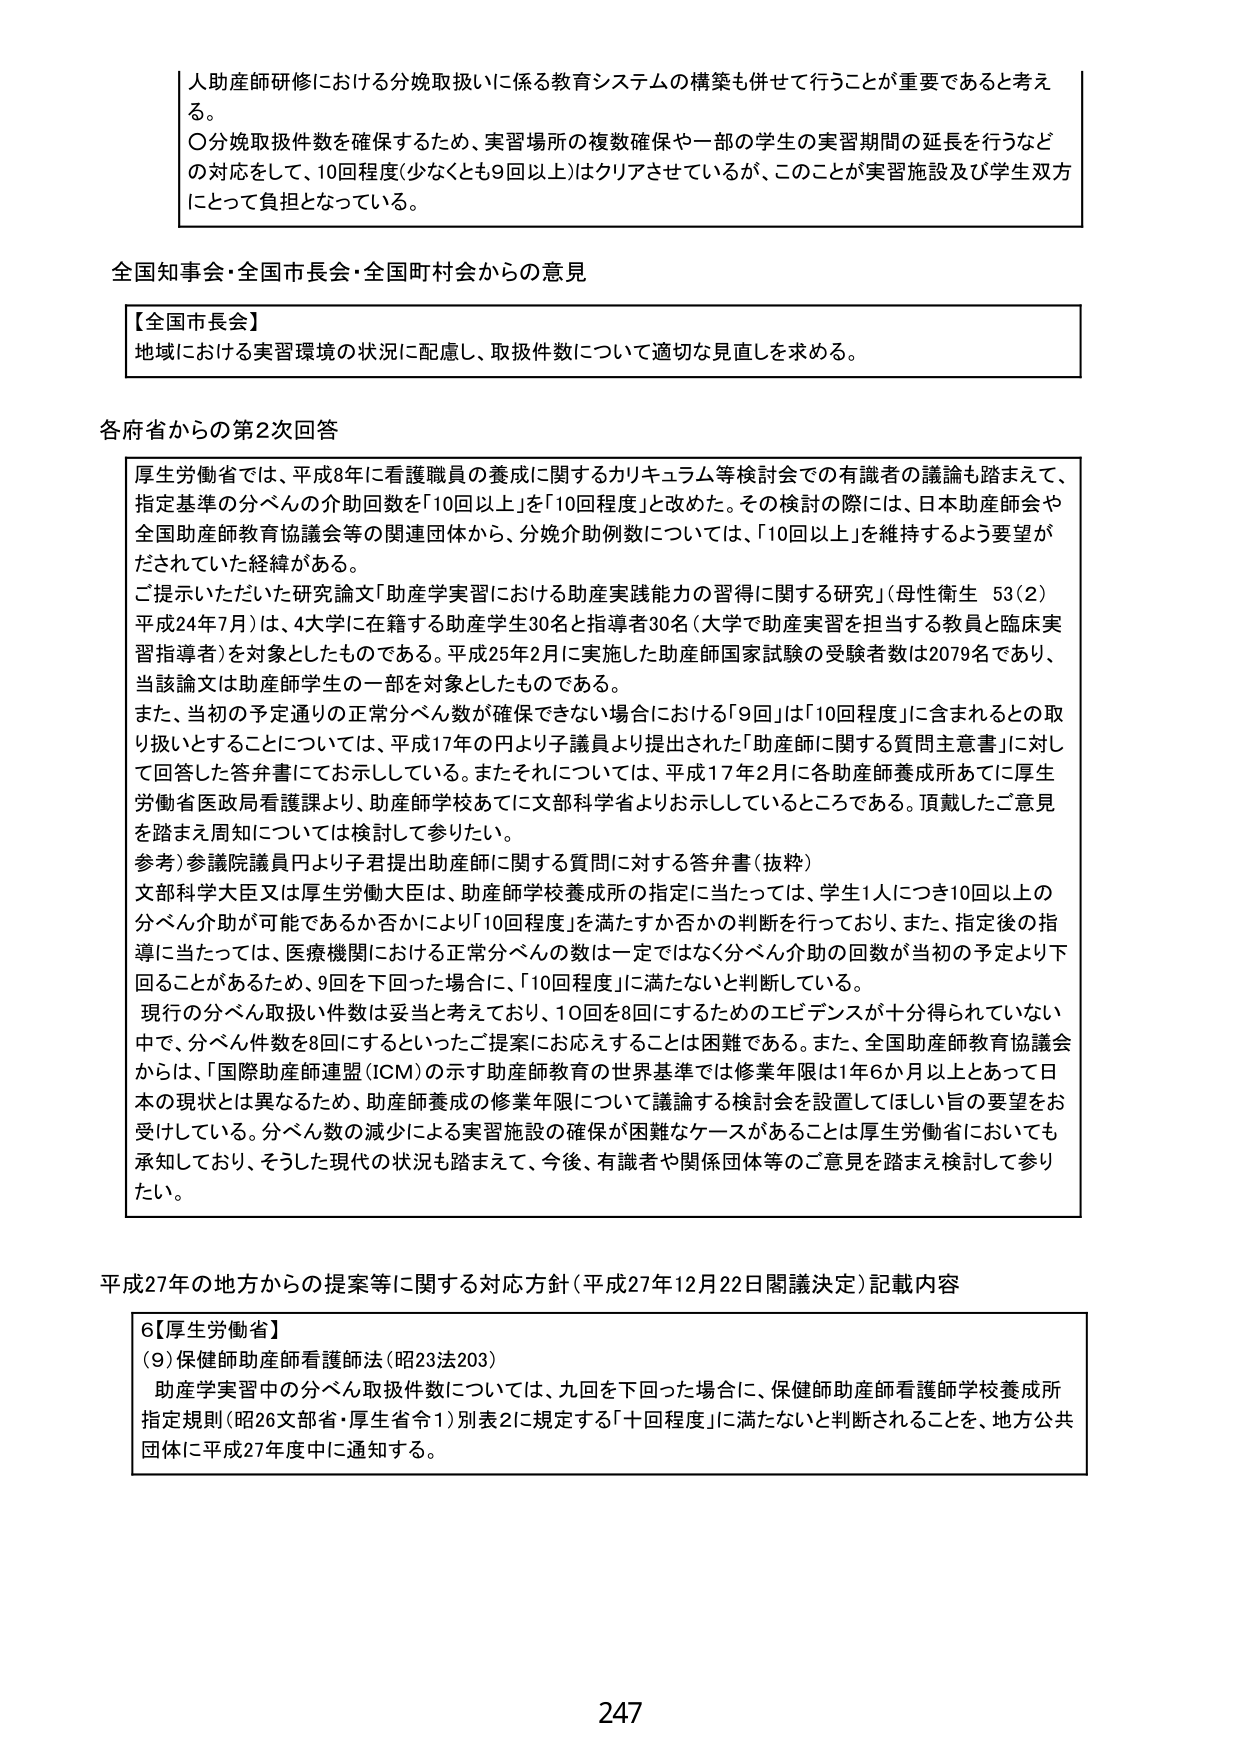
人助産師研修における分娩取扱いに係る教育システムの構築も併せて行うことが重要であると考える。
〇分娩取扱件数を確保するため、実習場所の複数確保や一部の学生の実習期間の延長を行うなどの対応をして、10回程度（少なくとも9回以上）はクリアさせているが、このことが実習施設及び学生双方にとって負担となっている。

全国知事会・全国市長会・全国町村会からの意見

【全国市長会】
地域における実習環境の状況に配慮し、取扱件数について適切な見直しを求める。

各府省からの第2次回答

厚生労働省では、平成8年に看護職員の養成に関するカリキュラム等検討会での有識者の議論も踏まえて、指定基準の分べんの介助回数を「10回以上」を「10回程度」と改めた。その検討の際には、日本助産師会や全国助産師教育協議会等の関連団体から、分娩介助例数については、「10回以上」を維持するよう要望がだされていた経緯がある。
ご提示いただいた研究論文「助産学実習における助産実践能力の習得に関する研究」（母性衛生 53（2） 平成24年7月）は、4大学に在籍する助産学生30名と指導者30名（大学で助産実習を担当する教員と臨床実習指導者）を対象としたものである。平成25年2月に実施した助産師国家試験の受験者数は2079名であり、当該論文は助産師学生の一部を対象としたものである。
また、当初の予定通りの正常分べん人数が確保できない場合における「9回」は「10回程度」に含まれるとの取り扱いとすることについては、平成17年の円より子議員より提出された「助産師に関する質問主意書」に対して回答した答弁書にてお示ししている。またそれについては、平成17年2月に各助産師養成所あてに厚生労働省医政局看護課より、助産師学校あてに文部科学省よりお示ししているところである。頂戴したご意見を踏まえ周知については検討して参りたい。
（参考）参議院議員円より子君提出助産師に関する質問に対する答弁書（抜粋）
文部科学大臣又は厚生労働大臣は、助産師学校養成所の指定に当たっては、学生1人につき10回以上の分べん介助が可能であるか否かにより「10回程度」を満たすか否かの判断を行っており、また、指定後の指導に当たっては、医療機関における正常分べんの数は一定ではなく分べん介助の回数が当初の予定より下回ることがあるため、9回を下回った場合に、「10回程度」に満たないと判断している。
現行の分べん取扱い件数は妥当と考えており、10回を8回にするためのエビデンスが十分得られていない中で、分べん件数を8回にするといったご提案にお応えすることは困難である。また、全国助産師教育協議会からは、「国際助産師連盟（ICM）の示す助産師教育の世界基準では修業年限は1年6か月以上とあって日本の現状とは異なるため、助産師養成の修業年限について議論する検討会を設置してほしい旨の要望をお受けしている。分べん数の減少による実習施設の確保が困難なケースがあることは厚生労働省においても承知しており、そうした現代の状況も踏まえて、今後、有識者や関係団体等のご意見を踏まえ検討して参りたい。

平成27年の地方からの提案等に関する対応方針（平成27年12月22日閣議決定）記載内容

6【厚生労働省】
（9）保健師助産師看護師法（昭23法203）
助産学実習中の分べん取扱件数については、九回を下回った場合に、保健師助産師看護師学校養成所指定規則（昭26文部省・厚生省令1）別表2に規定する「十回程度」に満たないと判断されることを、地方公共団体に平成27年度中に通知する。

247